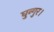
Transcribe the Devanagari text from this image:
घुन्गुर।